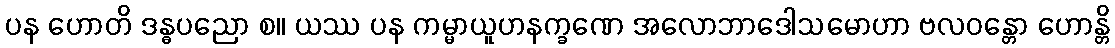
ပန ဟောတိ ဒန္ဓပညော စ။ ယဿ ပန ကမ္မာယူဟနက္ခဏေ အလောဘာဒေါသမောဟာ ဗလဝန္တော ဟောန္တိ